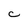
Character: C